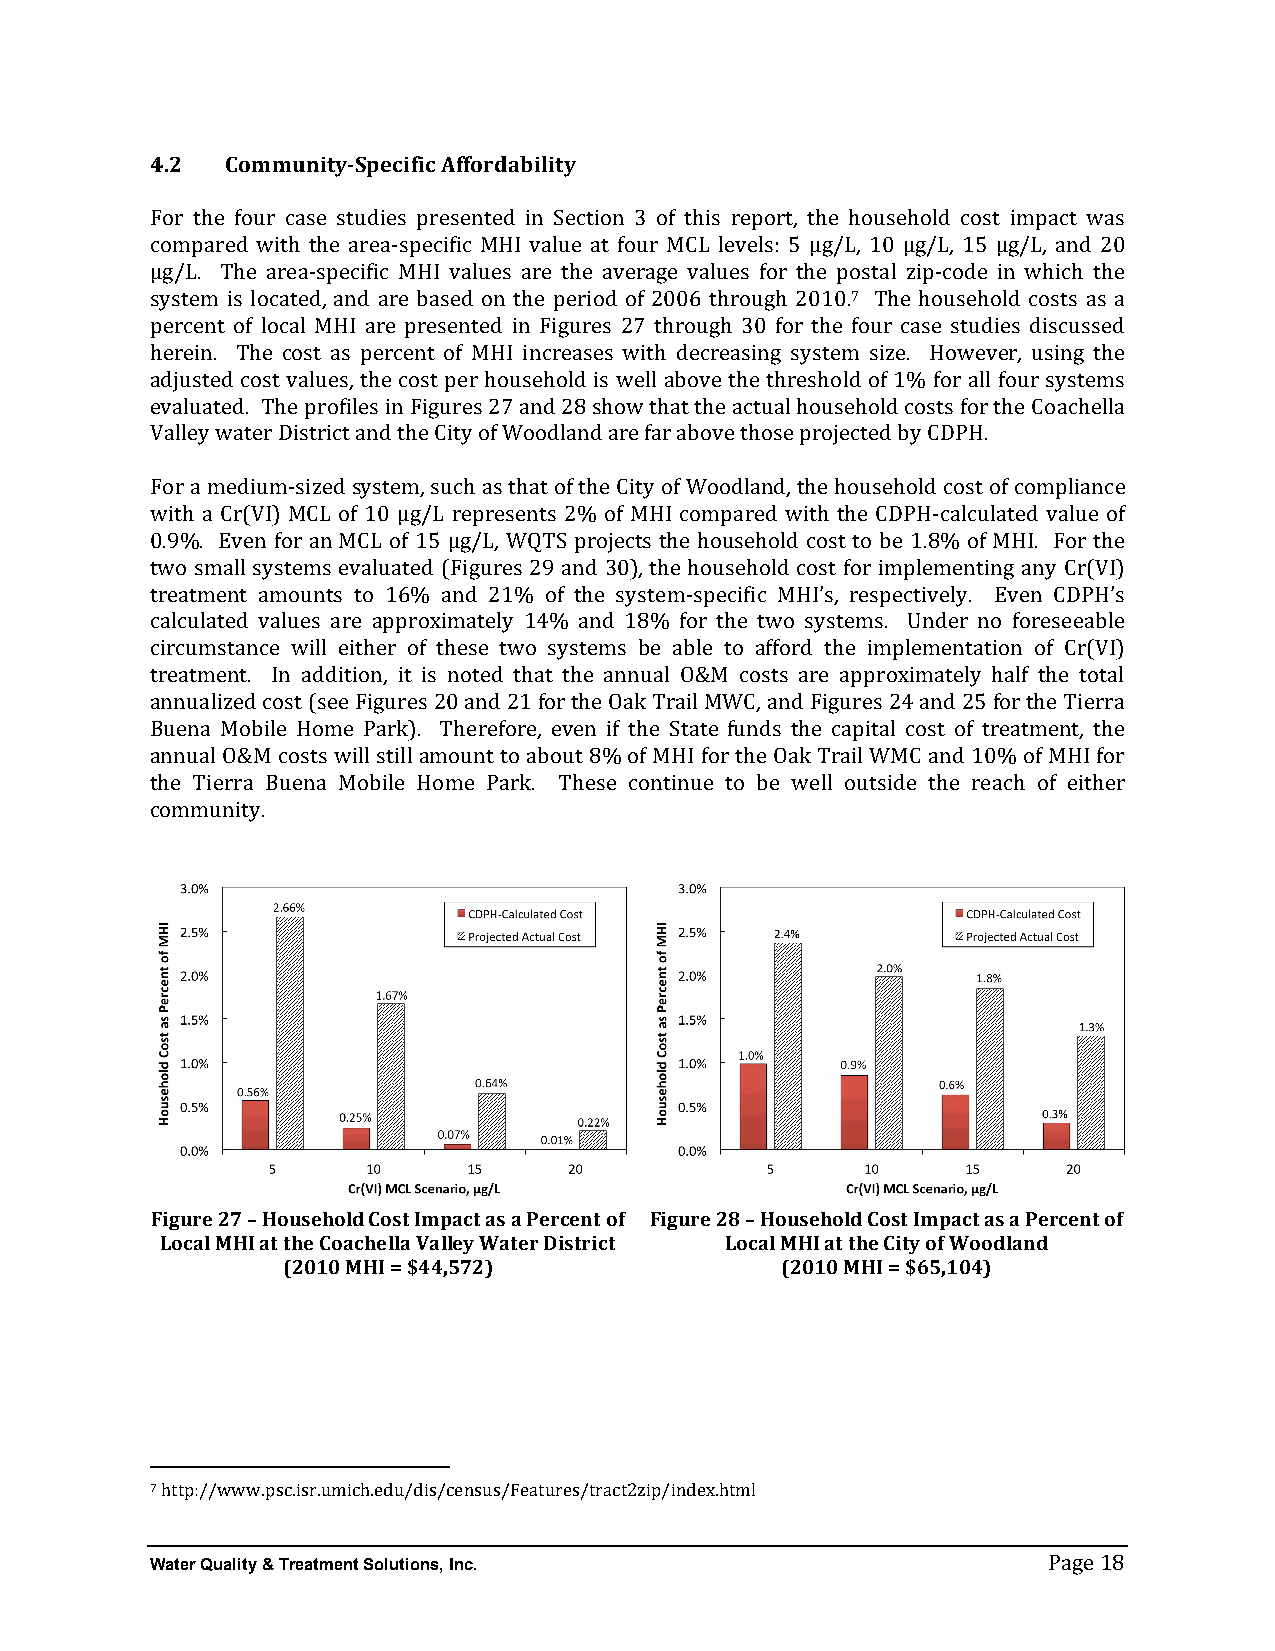
4.2  Community-­‐Specific Affordability
 For the four case studies presented in Section 3 of this report, the household cost impact was
 compared with the area-­‐specific MHI value at four MCL levels: 5 µg/L, 10 µg/L, 15 µg/L, and 20
 µg/L. The area-­‐specific MHI values are the average values for the postal zip-­‐code in which the
 7
 system is located, and are based on the period of 2006 through 2010. The household costs as a
 percent of local MHI are presented in Figures 27 through 30 for the four case studies discussed
 herein. The cost as percent of MHI increases with decreasing system size. However, using the
 adjusted cost values, the cost per household is well above the threshold of 1% for all four systems
 evaluated. The profiles in Figures 27 and 28 show that the actual household costs for the Coachella
 Valley water District and the City of Woodland are far above those projected by CDPH.
 For a medium-­‐sized system, such as that of the City of Woodland, the household cost of compliance
 with a Cr(VI) MCL of 10 µg/L represents 2% of MHI compared with the CDPH-­‐calculated value of
 0.9%. Even for an MCL of 15 µg/L, WQTS projects the household cost to be 1.8% of MHI. For the
 two small systems evaluated (Figures 29 and 30), the household cost for implementing any Cr(VI)
 treatment amounts to 16% and 21% of the system-­‐specific MHI’s, respectively. Even CDPH’s
 calculated values are approximately 14% and 18% for the two systems. Under no foreseeable
 circumstance will either of these two systems be able to afford the implementation of Cr(VI)
 treatment. In addition, it is noted that the annual O&M costs are approximately half the total
 annualized cost (see Figures 20 and 21 for the Oak Trail MWC, and Figures 24 and 25 for the Tierra
 Buena Mobile Home Park). Therefore, even if the State funds the capital cost of treatment, the
 annual O&M costs will still amount to about 8% of MHI for the Oak Trail WMC and 10% of MHI for
 the Tierra Buena Mobile Home Park. These continue to be well outside the reach of either
 community.
 Figure 27 – Household Cost Impact as a Percent of Figure 28 – Household Cost Impact as a Percent of
 Local MHI at the Coachella Valley Water District Local MHI at the City of Woodland
 (2010 MHI = $44,572)             (2010 MHI = $65,104)
 7
 http://www.psc.isr.umich.edu/dis/census/Features/tract2zip/index.html
 Water Quality & Treatment Solutions, Inc.
 Page 18